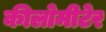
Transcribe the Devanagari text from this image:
कीलोमीटेर